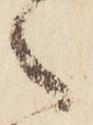
之